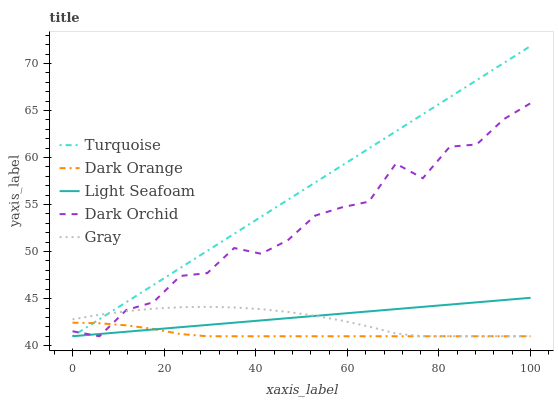
| xaxis_label | Turquoise | Dark Orange | Light Seafoam | Dark Orchid | Gray |
 | --- | --- | --- | --- | --- | --- |
 | 0 | 41 | 42.4 | 41 | 41.5 | 42.8 |
 | 5.88 | 42.8 | 42.4 | 41.2 | 41 | 43.3 |
 | 11.8 | 44.6 | 42.2 | 41.5 | 43.8 | 43.7 |
 | 17.6 | 46.4 | 41.8 | 41.7 | 44.6 | 43.9 |
 | 23.5 | 48.3 | 41.2 | 42 | 47.4 | 44.1 |
 | 29.4 | 50.1 | 41 | 42.2 | 47.7 | 44.1 |
 | 35.3 | 51.9 | 41 | 42.4 | 50.4 | 44.1 |
 | 41.2 | 53.7 | 41 | 42.7 | 49.8 | 43.9 |
 | 47.1 | 55.5 | 41 | 42.9 | 51.2 | 43.6 |
 | 52.9 | 57.3 | 41 | 43.2 | 53.8 | 43.2 |
 | 58.8 | 59.1 | 41 | 43.4 | 54.7 | 42.7 |
 | 64.7 | 61 | 41 | 43.6 | 55.3 | 42 |
 | 70.6 | 62.8 | 41 | 43.9 | 59.3 | 41.3 |
 | 76.5 | 64.6 | 41 | 44.1 | 57.8 | 41 |
 | 82.4 | 66.4 | 41 | 44.4 | 61.1 | 41 |
 | 88.2 | 68.2 | 41 | 44.6 | 61.4 | 41 |
 | 94.1 | 70 | 41 | 44.8 | 64.1 | 41 |
 | 100 | 71.9 | 41 | 45.1 | 65.8 | 41 |